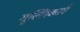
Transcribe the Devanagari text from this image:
गुल्लिकाएँ